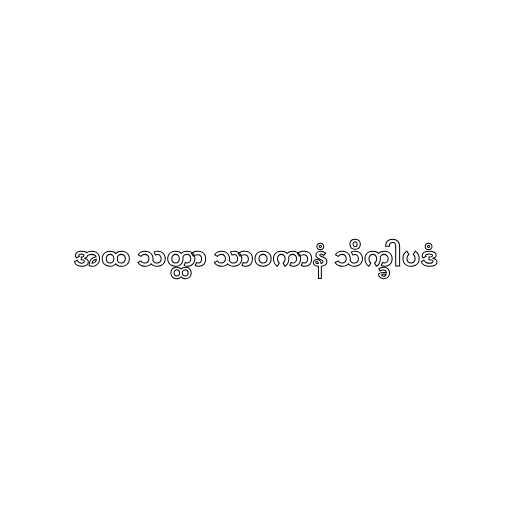
အထ သတ္ထာ သာဝကာနံ သိက္ခါပဒံ